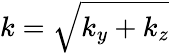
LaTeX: k=\sqrt{k_{y}+k_{z}}